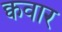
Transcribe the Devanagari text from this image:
क्ववार